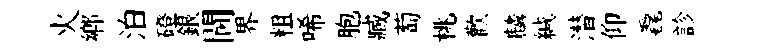
火鄉泊磴銀閫界粗唏胞臧萄桃歡麟緘潜仰毳診